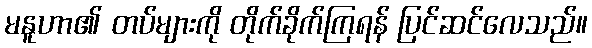
မနူဟာ၏ တပ်များကို တိုက်ခိုက်ကြရန် ပြင်ဆင်လေသည်။